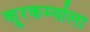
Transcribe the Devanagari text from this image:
क्रूरकर्म्याला